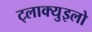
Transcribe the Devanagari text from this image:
ट्लाक्युइलो